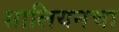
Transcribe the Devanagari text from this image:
सालियनचा